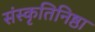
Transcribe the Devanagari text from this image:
संस्कृतिनिष्ठा